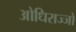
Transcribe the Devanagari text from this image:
ओधिराज्जो